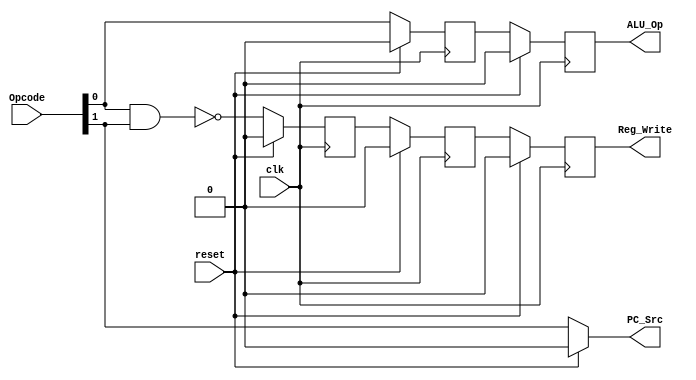
`timescale 1ns / 1ps
//////////////////////////////////////////////////////////////////////////////////
// Company: 
// Engineer: 
// 
// Design Name: 
// Module Name: Signal_Generator
// Project Name: 
// Target Devices: 
// Tool Versions: 
// Description: 
// 
// Dependencies: 
// 
// Revision:
// Revision 0.01 - File Created
// Additional Comments:
// 
//////////////////////////////////////////////////////////////////////////////////


module Main_Control_Unit(
    input clk,
    input reset,
    input [1:0] Opcode,
    output reg ALU_Op, Reg_Write, PC_Src
    );
   
    reg ALUOp1, RegWrite1, RegWrite2, ALUOp2, RegWrite3;  
    always @(Opcode)begin
    if(reset == 1) PC_Src <= 0;
    else PC_Src <= Opcode[1];
    end
    always @(posedge clk)begin
    if(reset == 1) begin
        ALUOp1 <= 0;
        RegWrite1 <= 0;
        RegWrite2 <= 0;
        Reg_Write <= 0;
        RegWrite3 <= 0;
        ALUOp2 <= 0;
        ALU_Op <= 0;
    end
    else begin
        ALUOp1 <= Opcode[0];                             // ALU_Op is 0 for mov, 1 for add
        ALUOp2 <= ALUOp1;                               // Reg_Write is 1 for mov and add, 0 for J-type
        RegWrite1 <= ~(Opcode[0] & Opcode[1]);          // PC_Src is 1 for J-type, 0 for mov and add
        RegWrite2 <= RegWrite1;
        RegWrite3 <= RegWrite2;
        Reg_Write <= RegWrite2;
        ALU_Op <= ALUOp1;
    end
    end
endmodule